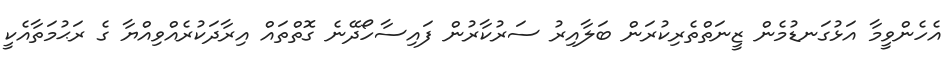
އެހެންވީމާ އަޅުގަނޑުމެން ޒީނަތްތެރިކުރަން ބަލާއިރު ސަރުކާރުން ފައިސާހޯދޭނެ ގޮތްތައް އިރާދަކުރެއްވިއްޔާ ގެ ރަޙުމަތާއެކީ